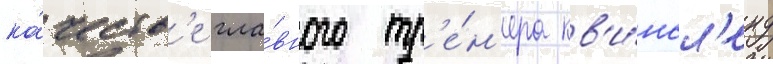
ка́честв'е гла́вного тр'е́н'ера кв'и́нсл'енд